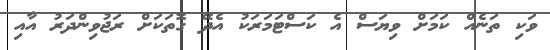
ވަކި ތަނެއް ކަމަށް ވިޔަސް އެ ކަސްޓަމަރަކު އެދޭ ގޮތަކަށް ރަޖުވިންދަރު އާއި